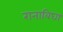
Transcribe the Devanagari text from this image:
रानाबिघा